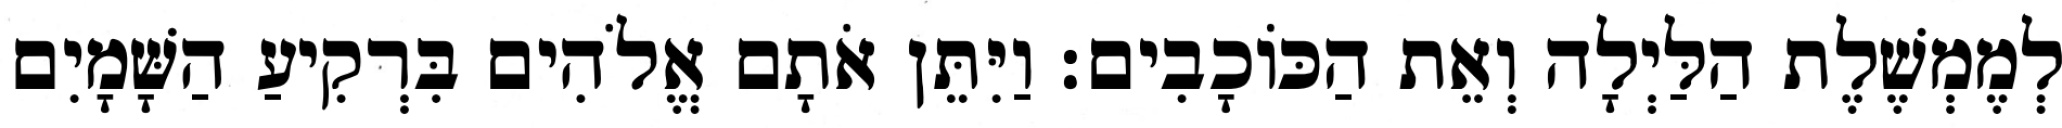
לְמֶמְשֶׁלֶת הַלַּיְלָה וְאֵת הַכֹּוכָבִים׃ וַיִּתֵּן אֹתָם אֱלֹהִים בִּרְקִיעַ הַשָּׁמָיִם